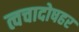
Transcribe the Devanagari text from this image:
त्वचादोषहर